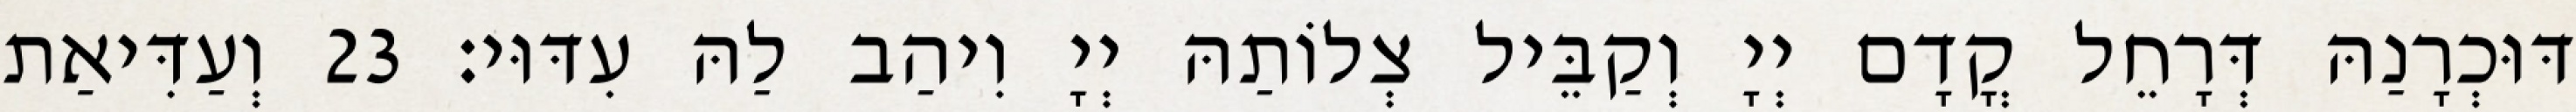
דּוּכְרָנַהּ דְּרָחֵל קֳדָם יְיָ וְקַבֵּיל צְלוֹתַהּ יְיָ וִיהַב לַהּ עִדּוּי׃ 23 וְעַדִּיאַת